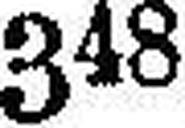
348